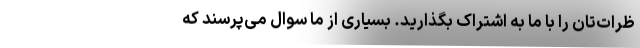
ظرات‌تان را با ما به اشتراک بگذارید. بسیاری از ما سوال می‌پرسند که